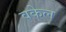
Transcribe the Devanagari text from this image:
वकेल